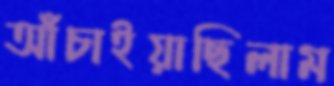
আঁচাইয়াছিলাম